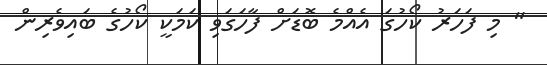
" މި ފަހަރު ކޯހުގަ އެއްމެ ބޮޑަށް ފާހަގަވި ކަމަކީ ކޯހުގެ ބައިވެރިން